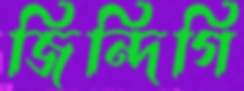
জিন্দিগি